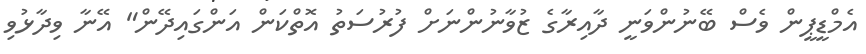
އެމްޑީޕީން ވެސް ބޭނުންވަނީ ދާއިރާގެ ޒުވާނުންނަށް ފުރުސަތު އޮތްކަން އަންގައިދޭން" އޭނާ ވިދާޅުވި